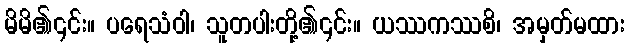
မိမိ၏၎င်း။ ပရေသံဝါ၊ သူတပါးတို့၏၎င်း။ ယဿကဿစိ၊ အမှတ်မထား